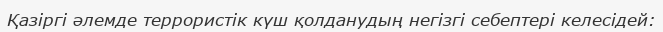
Қазіргі әлемде террористік күш қолданудың негізгі себептері келесідей: